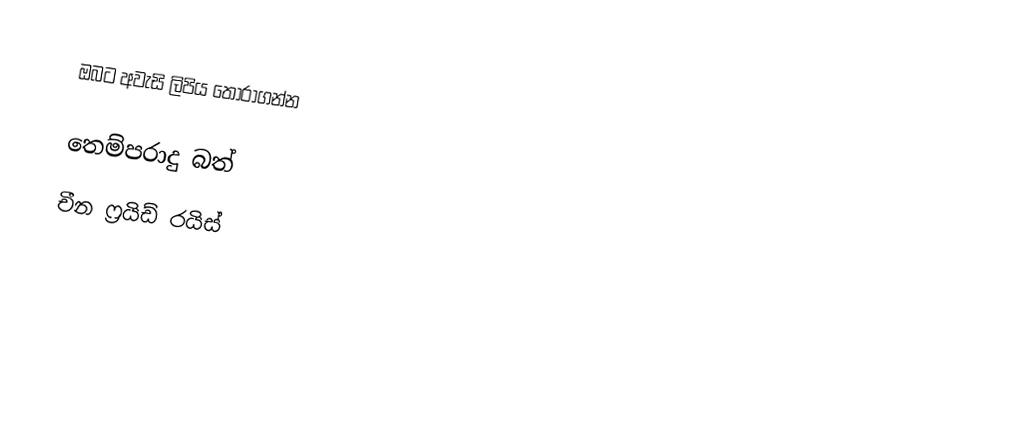
ඔබට අවැසි ලිපිය තෝරාගන්න

  තෙම්පරාදු බත්
 චීන ෆ්‍රයිඩ් රයිස්